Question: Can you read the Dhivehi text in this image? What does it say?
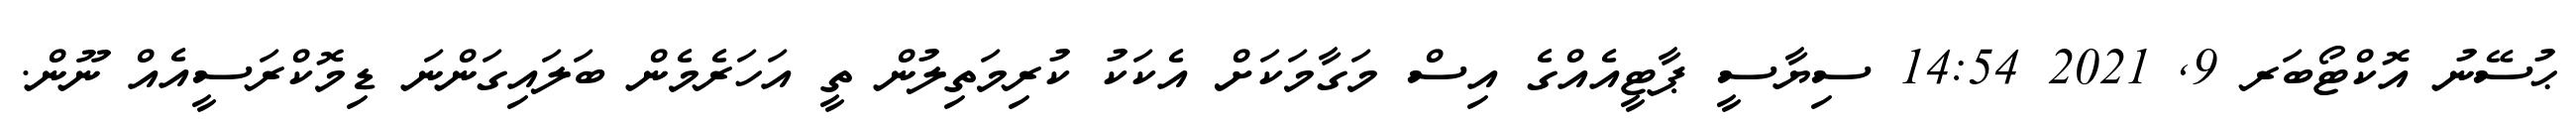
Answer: ޙުސޭނު އޮކްޓޯބަރ 9, 2021 14:54 ސިޔާސީ ޕާޓީއެއްގެ އިސް މަގާމަކަށް އެކަކު ކުރިމަތިލުން ތީ އަހަރެމެން ބަލައިގަންނަ ޑިމޮކްރަސީއެއް ނޫން.